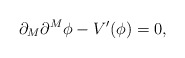
\begin{align*}\partial_M\partial^M\phi-V^{\prime}(\phi)=0,\end{align*}